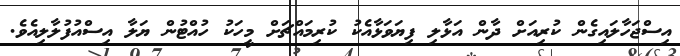
އިސްޖަހާލައިގެން ކުރިއަށް ދާން އަޅާލި ފިޔަވަޅާއެކު ކުރިމައްޗަށް މީހަކު ހުއްޓުން ޔަލާ އިސްއުފުލާލިއެވެ.